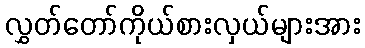
လွှတ်တော်ကိုယ်စားလှယ်များအား